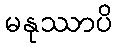
မနုဿာပိ